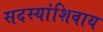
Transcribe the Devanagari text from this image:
सदस्यांशिवाय